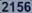
2156